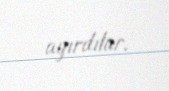
ayırdılar.